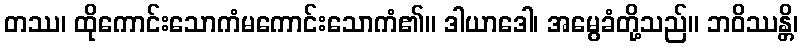
တဿ၊ ထိုကောင်းသောကံမကောင်းသောကံ၏။ ဒါယာဒေါ၊ အမွေခံတို့သည်။ ဘဝိဿန္တိ၊